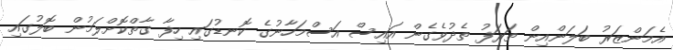
އެމަންޒަރު ބަލަންއިން ތަރަފު ތެދުވެގެން އައިސް އަސްމަހާނުގެ ކޮނޑުގައި ހިފާ ގާތްކޮށްލަމުން ބޮލުގައި